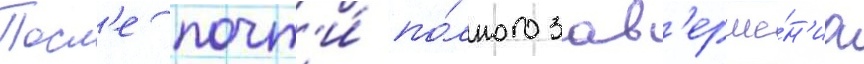
Посл'е почт'и́ по́лного зав'ерше́н'иа